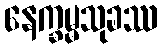
နေက္ခမ္မသုခဿ